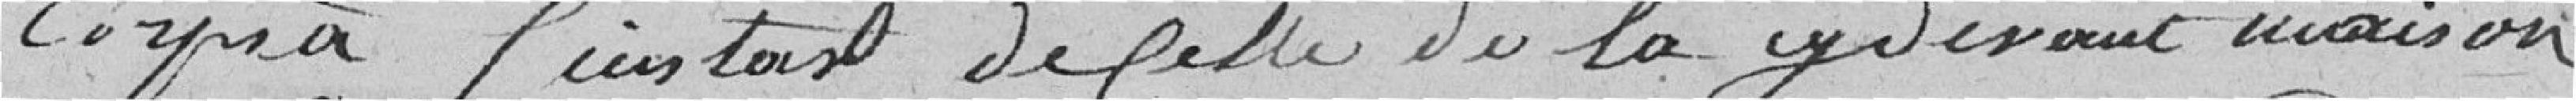
corps à l'instar de celle de la ci-devant maison